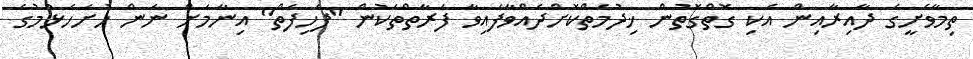
ތިމާވެށީގެ ދާއިރާއިން އެކި ގޮތްގޮތުން ޚިދުމަތްކޮށްދެއްވާފައިވާ ފަރާތްތަކުން "ފެހިފަތް" އިނާމަށް ނަން ހުށަހެޅުމުގެ